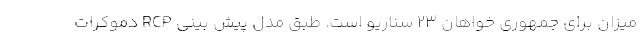
میزان برای جمهوری خواهان 23 سناریو است. طبق مدل پیش بینی RCP دموکرات